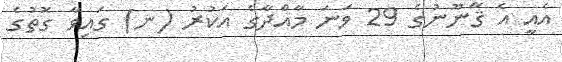
އެއީ އެ ޤާނޫނުގެ 29 ވަނަ މާއްދާގެ އަކުރު (ނ) ގައިވާ ގޮތުގެ